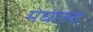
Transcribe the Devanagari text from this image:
मेघाला